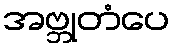
အဗ္ဘုတံပေ